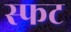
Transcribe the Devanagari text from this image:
स्फट